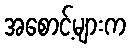
အစောင့်များက